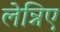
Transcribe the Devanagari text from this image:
लेन्निए